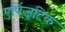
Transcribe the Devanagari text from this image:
एपिजूटिक